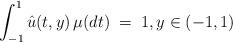
LaTeX: \begin{align*}\int_{-1}^1 {\hat u}(t,y) \, \mu(dt)\; = \; 1, y\in (-1,1) \end{align*}